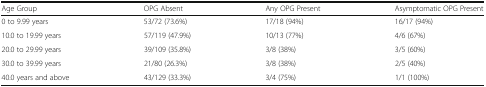
| Age Group | OPG Absent | Any OPG Present | Asymptomatic OPG Present |
 | --- | --- | --- | --- |
 | 0 to 9.99 years | 53/72 (73.6%) | 17/18 (94%) | 16/17 (94%) |
 | 10.0 to 19.99 years | 57/119 (47.9%) | 10/13 (77%) | 4/6 (67%) |
 | 20.0 to 29.99 years | 39/109 (35.8%) | 3/8 (38%) | 3/5 (60%) |
 | 30.0 to 39.99 years | 21/80 (26.3%) | 3/8 (38%) | 2/5 (40%) |
 | 40.0 years and above | 43/129 (33.3%) | 3/4 (75%) | 1/1 (100%) |